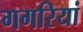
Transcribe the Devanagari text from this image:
गगरियां